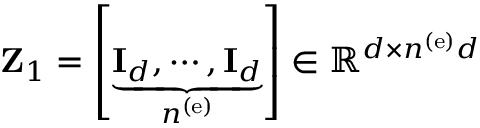
{ \bf Z } _ { 1 } = \left[ \underbrace { { \bf I } _ { d } , \cdots , { \bf I } _ { d } } _ { n ^ { \left( \mathrm { e } \right) } } \right] \in \mathbb { R } ^ { d \times n ^ { \left( \mathrm { e } \right) } d }